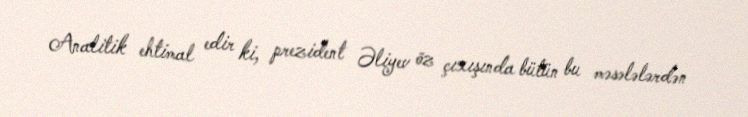
Analitik ehtimal edir ki, prezident Əliyev öz çıxışında bütün bu məsələlərdən